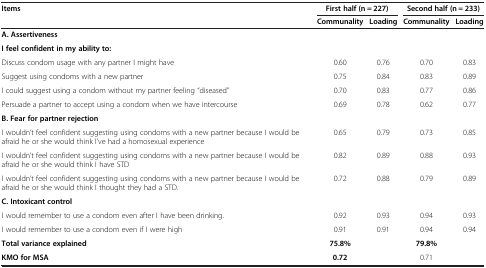
<table><thead><tr><td rowspan="2"><b>Items</b></td><td colspan="2"><b>First half (n = 227)</b></td><td colspan="2"><b>Second half (n = 233)</b></td></tr><tr><td><b>Communality</b></td><td><b>Loading</b></td><td><b>Communality</b></td><td><b>Loading</b></td></tr></thead><tbody><tr><td colspan="5"><b>A. Assertiveness</b></td></tr><tr><td colspan="5"><b>I feel confident in my ability to:</b></td></tr><tr><td>Discuss condom usage with any partner I might have</td><td>0.60</td><td>0.76</td><td>0.70</td><td>0.83</td></tr><tr><td>Suggest using condoms with a new partner</td><td>0.75</td><td>0.84</td><td>0.83</td><td>0.89</td></tr><tr><td>I could suggest using a condom without my partner feeling “diseased”</td><td>0.70</td><td>0.83</td><td>0.77</td><td>0.86</td></tr><tr><td>Persuade a partner to accept using a condom when we have intercourse</td><td>0.69</td><td>0.78</td><td>0.62</td><td>0.77</td></tr><tr><td colspan="5"><b>B. Fear for partner rejection</b></td></tr><tr><td>I wouldn’t feel confident suggesting using condoms with a new partner because I would be afraid he or she would think I’ve had a homosexual experience</td><td>0.65</td><td>0.79</td><td>0.73</td><td>0.85</td></tr><tr><td>I wouldn’t feel confident suggesting using condoms with a new partner because I would be afraid he or she would think I have STD</td><td>0.82</td><td>0.89</td><td>0.88</td><td>0.93</td></tr><tr><td>I wouldn’t feel confident suggesting using condoms with a new partner because I would be afraid he or she would think I thought they had a STD.</td><td>0.72</td><td>0.88</td><td>0.79</td><td>0.89</td></tr><tr><td colspan="5"><b>C. Intoxicant control</b></td></tr><tr><td>I would remember to use a condom even after I have been drinking.</td><td>0.92</td><td>0.93</td><td>0.94</td><td>0.93</td></tr><tr><td>I would remember to use a condom even if I were high</td><td>0.91</td><td>0.91</td><td>0.94</td><td>0.94</td></tr><tr><td><b>Total variance explained</b></td><td><b>75.8%</b></td><td> </td><td><b>79.8%</b></td><td> </td></tr><tr><td><b>KMO for MSA</b></td><td><b>0.72</b></td><td> </td><td>0.71</td><td> </td></tr></tbody></table>